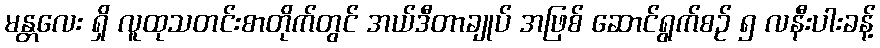
မန္တလေး ရှိ လူထုသတင်းစာတိုက်တွင် အယ်ဒီတာချုပ် အဖြစ် ဆောင်ရွက်စဉ် ၅ လနီးပါးခန့်